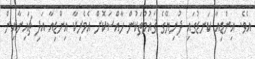
އެވެ. އިންޑިއާ ކަނޑުގައި ދުނިޔޭގެ ޤައުމުތަކުން ހާއްސަކޮށް އެމެރިކާ އިންޑިއާ އަދި ޗައިނާއިން